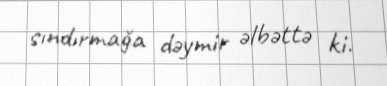
sındırmağa dəymir əlbəttə ki.